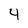
Character: 4